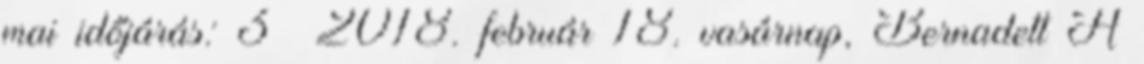
mai időjárás: 3° 2018. február 18. vasárnap, Bernadett A